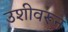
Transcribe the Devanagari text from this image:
उशीवरून